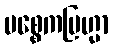
ပစ္စေကဗြဟ္မာ